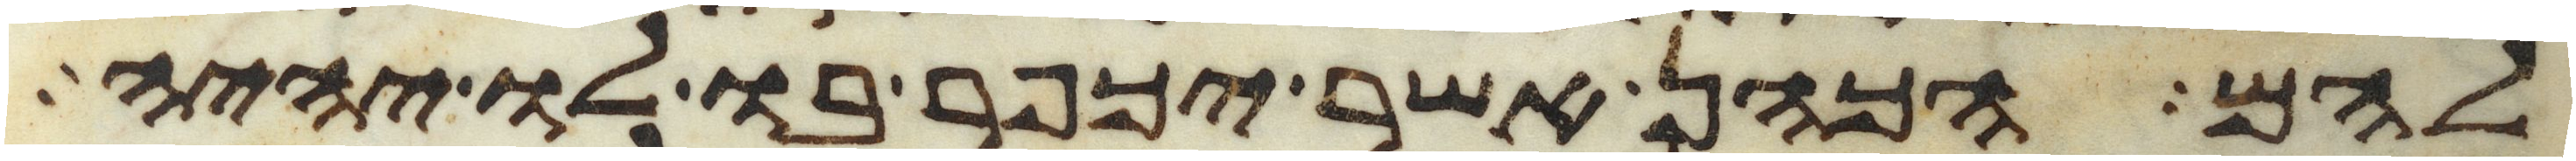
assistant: להם הכהן אשר יכפר בו לו יהיה